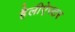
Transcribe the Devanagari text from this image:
हैलीऐस्टर